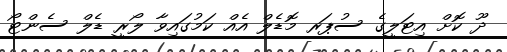
ދޫ ކޮށް އިޓަލީގެ ސުޕަރ މޮޑެލް އެއް ކަމުގައިވާ ލޯރީ ޑެލް ސެންޓޯ